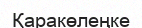
Қаракөлеңке